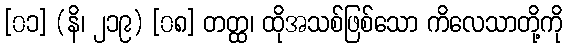
[၀၁] (နိ၊ ၂၁၉) [၀၈] တတ္ထ၊ ထိုအသစ်ဖြစ်သော ကိလေသာတို့ကို